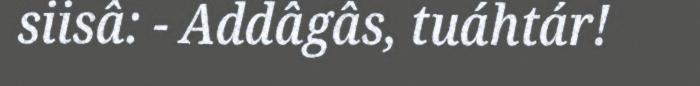
siisâ: - Addâgâs, tuáhtár!